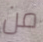
من